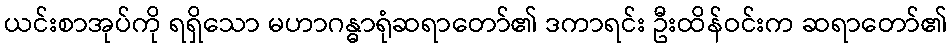
ယင်းစာအုပ်ကို ရရှိသော မဟာဂန္ဓာရုံဆရာတော်၏ ဒကာရင်း ဦးထိန်ဝင်းက ဆရာတော်၏